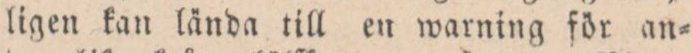
ligen kan lända till en warning för an=